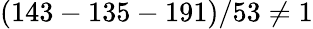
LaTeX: (143-135-191)/53\neq 1